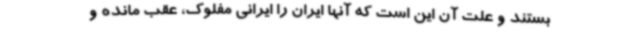
بستند و علت آن این است که آنها ایران را ایرانی مفلوک، عقب مانده و